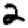
Digit: 2